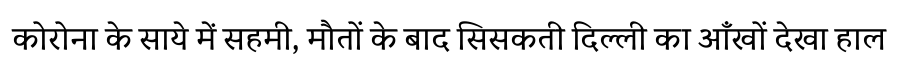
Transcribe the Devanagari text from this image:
कोरोना के साये में सहमी, मौतों के बाद सिसकती दिल्ली का आँखों देखा हाल